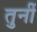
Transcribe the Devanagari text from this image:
तुनीं